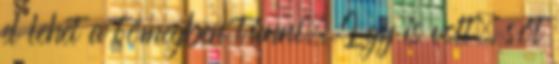
el lehet a tömegben tűnni. Így is volt, sőt